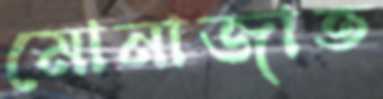
মোনাজাত